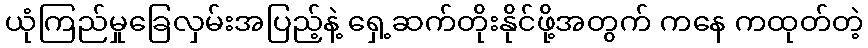
ယုံကြည်မှုခြေလှမ်းအပြည့်နဲ့ ရှေ့ဆက်တိုးနိုင်ဖို့အတွက် ကနေ ကထုတ်တဲ့